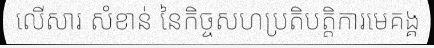
លើសារ សំខាន់ នៃកិច្ចសហប្រតិបត្តិការមេគង្គ